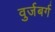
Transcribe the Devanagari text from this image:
वुर्जबर्ग